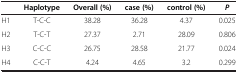
|  | Haplotype | Overall (%) | case (%) | control (%) | P |
 | --- | --- | --- | --- | --- | --- |
 | H1 | T-C-C | 38.28 | 36.28 | 4.37 | 0.025 |
 | H2 | T-C-T | 27.37 | 2.71 | 28.09 | 0.806 |
 | H3 | C-C-C | 26.75 | 28.58 | 21.77 | 0.024 |
 | H4 | C-C-T | 4.24 | 4.65 | 3.2 | 0.299 |